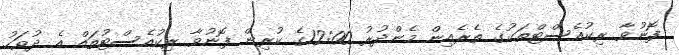
ފޮނުވާ ރިކުއެސްޓްތަކުގެ ތެރެއިން މެންދުރު 12:00ގެ ކުރިން ފޮނުވާ ރިކުއެސްޓުތައް އެ ދުވަހު